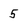
Character: 5